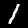
Label: 1